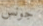
جونس